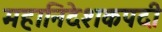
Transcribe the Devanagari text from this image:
महानिदेशकपदी